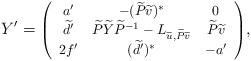
\begin{align*}Y' = \mbox{{\footnotesize $\left( \begin{array}{ccc} a' & -(\widetilde{P}\widetilde{v})^{\ast } & 0 \\{\widetilde{d}}' & \widetilde{P}\widetilde{Y}{\widetilde{P}}^{-1} -L_{\widetilde{u}, \widetilde{P}\widetilde{v}} & \widetilde{P}\widetilde{v} \\2f' & ({\widetilde{d}}')^{\ast } & -a' \end{array} \right) $},}\end{align*}